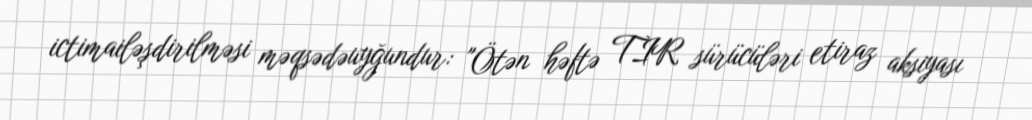
ictimailəşdirilməsi məqsədəuyğundur: "Ötən həftə TIR sürücüləri etiraz aksiyası